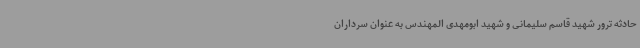
حادثه ترور شهید قاسم سلیمانی و شهید ابومهدی المهندس به عنوان سرداران